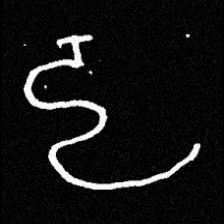
Pyu character \u2014 Myanmar letter: ဠ (romanized: lla)